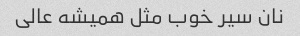
نان سیر خوب مثل همیشه عالی